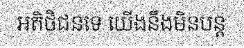
អតិថិជនទេ យើងនឹងមិនបន្ត